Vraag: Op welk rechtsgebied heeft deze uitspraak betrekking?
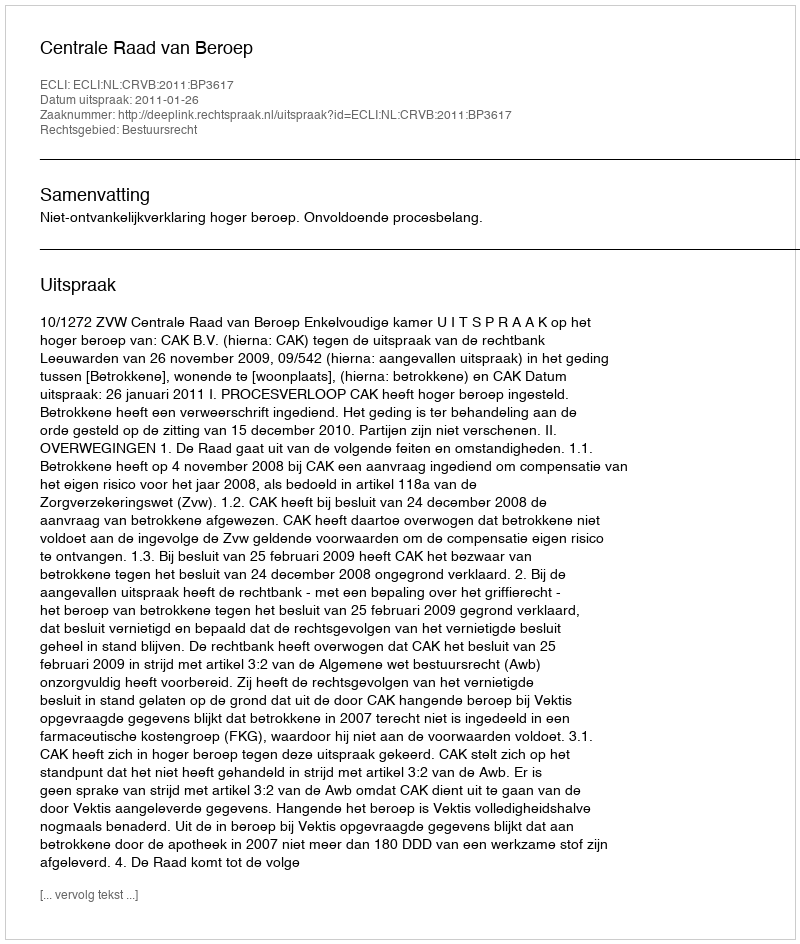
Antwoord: Bestuursrecht